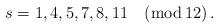
LaTeX: \begin{align*}s=1,4,5,7,8,11 \quad (\textrm{mod}\, 12)\,.\end{align*}